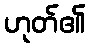
ဟုတ်၏